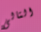
التالى